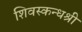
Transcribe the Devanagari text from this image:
शिवस्कन्धश्री